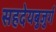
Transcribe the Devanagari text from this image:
सहदेयबुजुर्ग